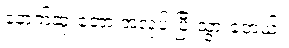
နောက်ဆုံးတော့ အလုပ် ပြီးသွားခဲ့တယ်။